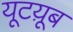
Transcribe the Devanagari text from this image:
यूटय़ूब